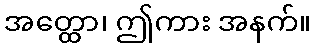
အတ္ထော၊ ဤကား အနက်။